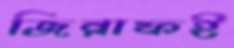
জিরাফই